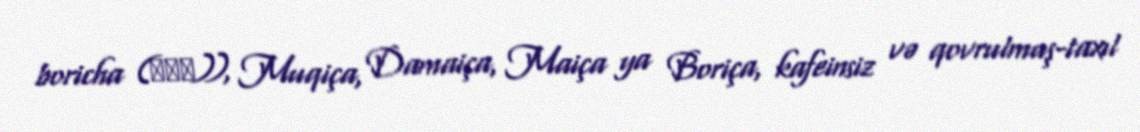
boricha (보리차)), Muqiça, Damaiça, Maiça ya Boriça, kafeinsiz və qovrulmuş-taxıl